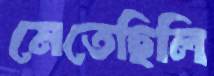
মেতেছিলি